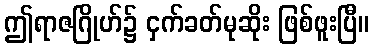
ဤရာဇဂြိုဟ်၌ ငှက်ခတ်မုဆိုး ဖြစ်ဖူးပြီ။